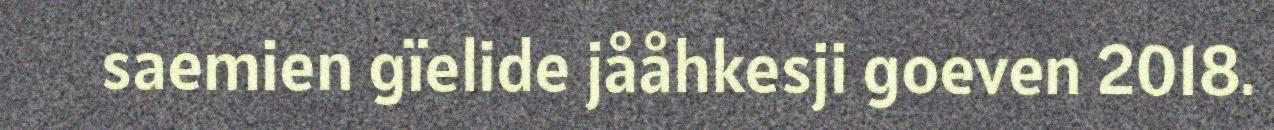
saemien gïelide jååhkesji goeven 2018.